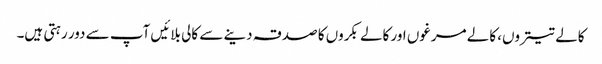
کالے تیتروں، کالے مرغوں اور کالے بکروں کا صدقہ دینے سے کالی بلائیں آپ سے دور رہتی ہیں۔